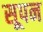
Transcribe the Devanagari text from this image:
सूपन